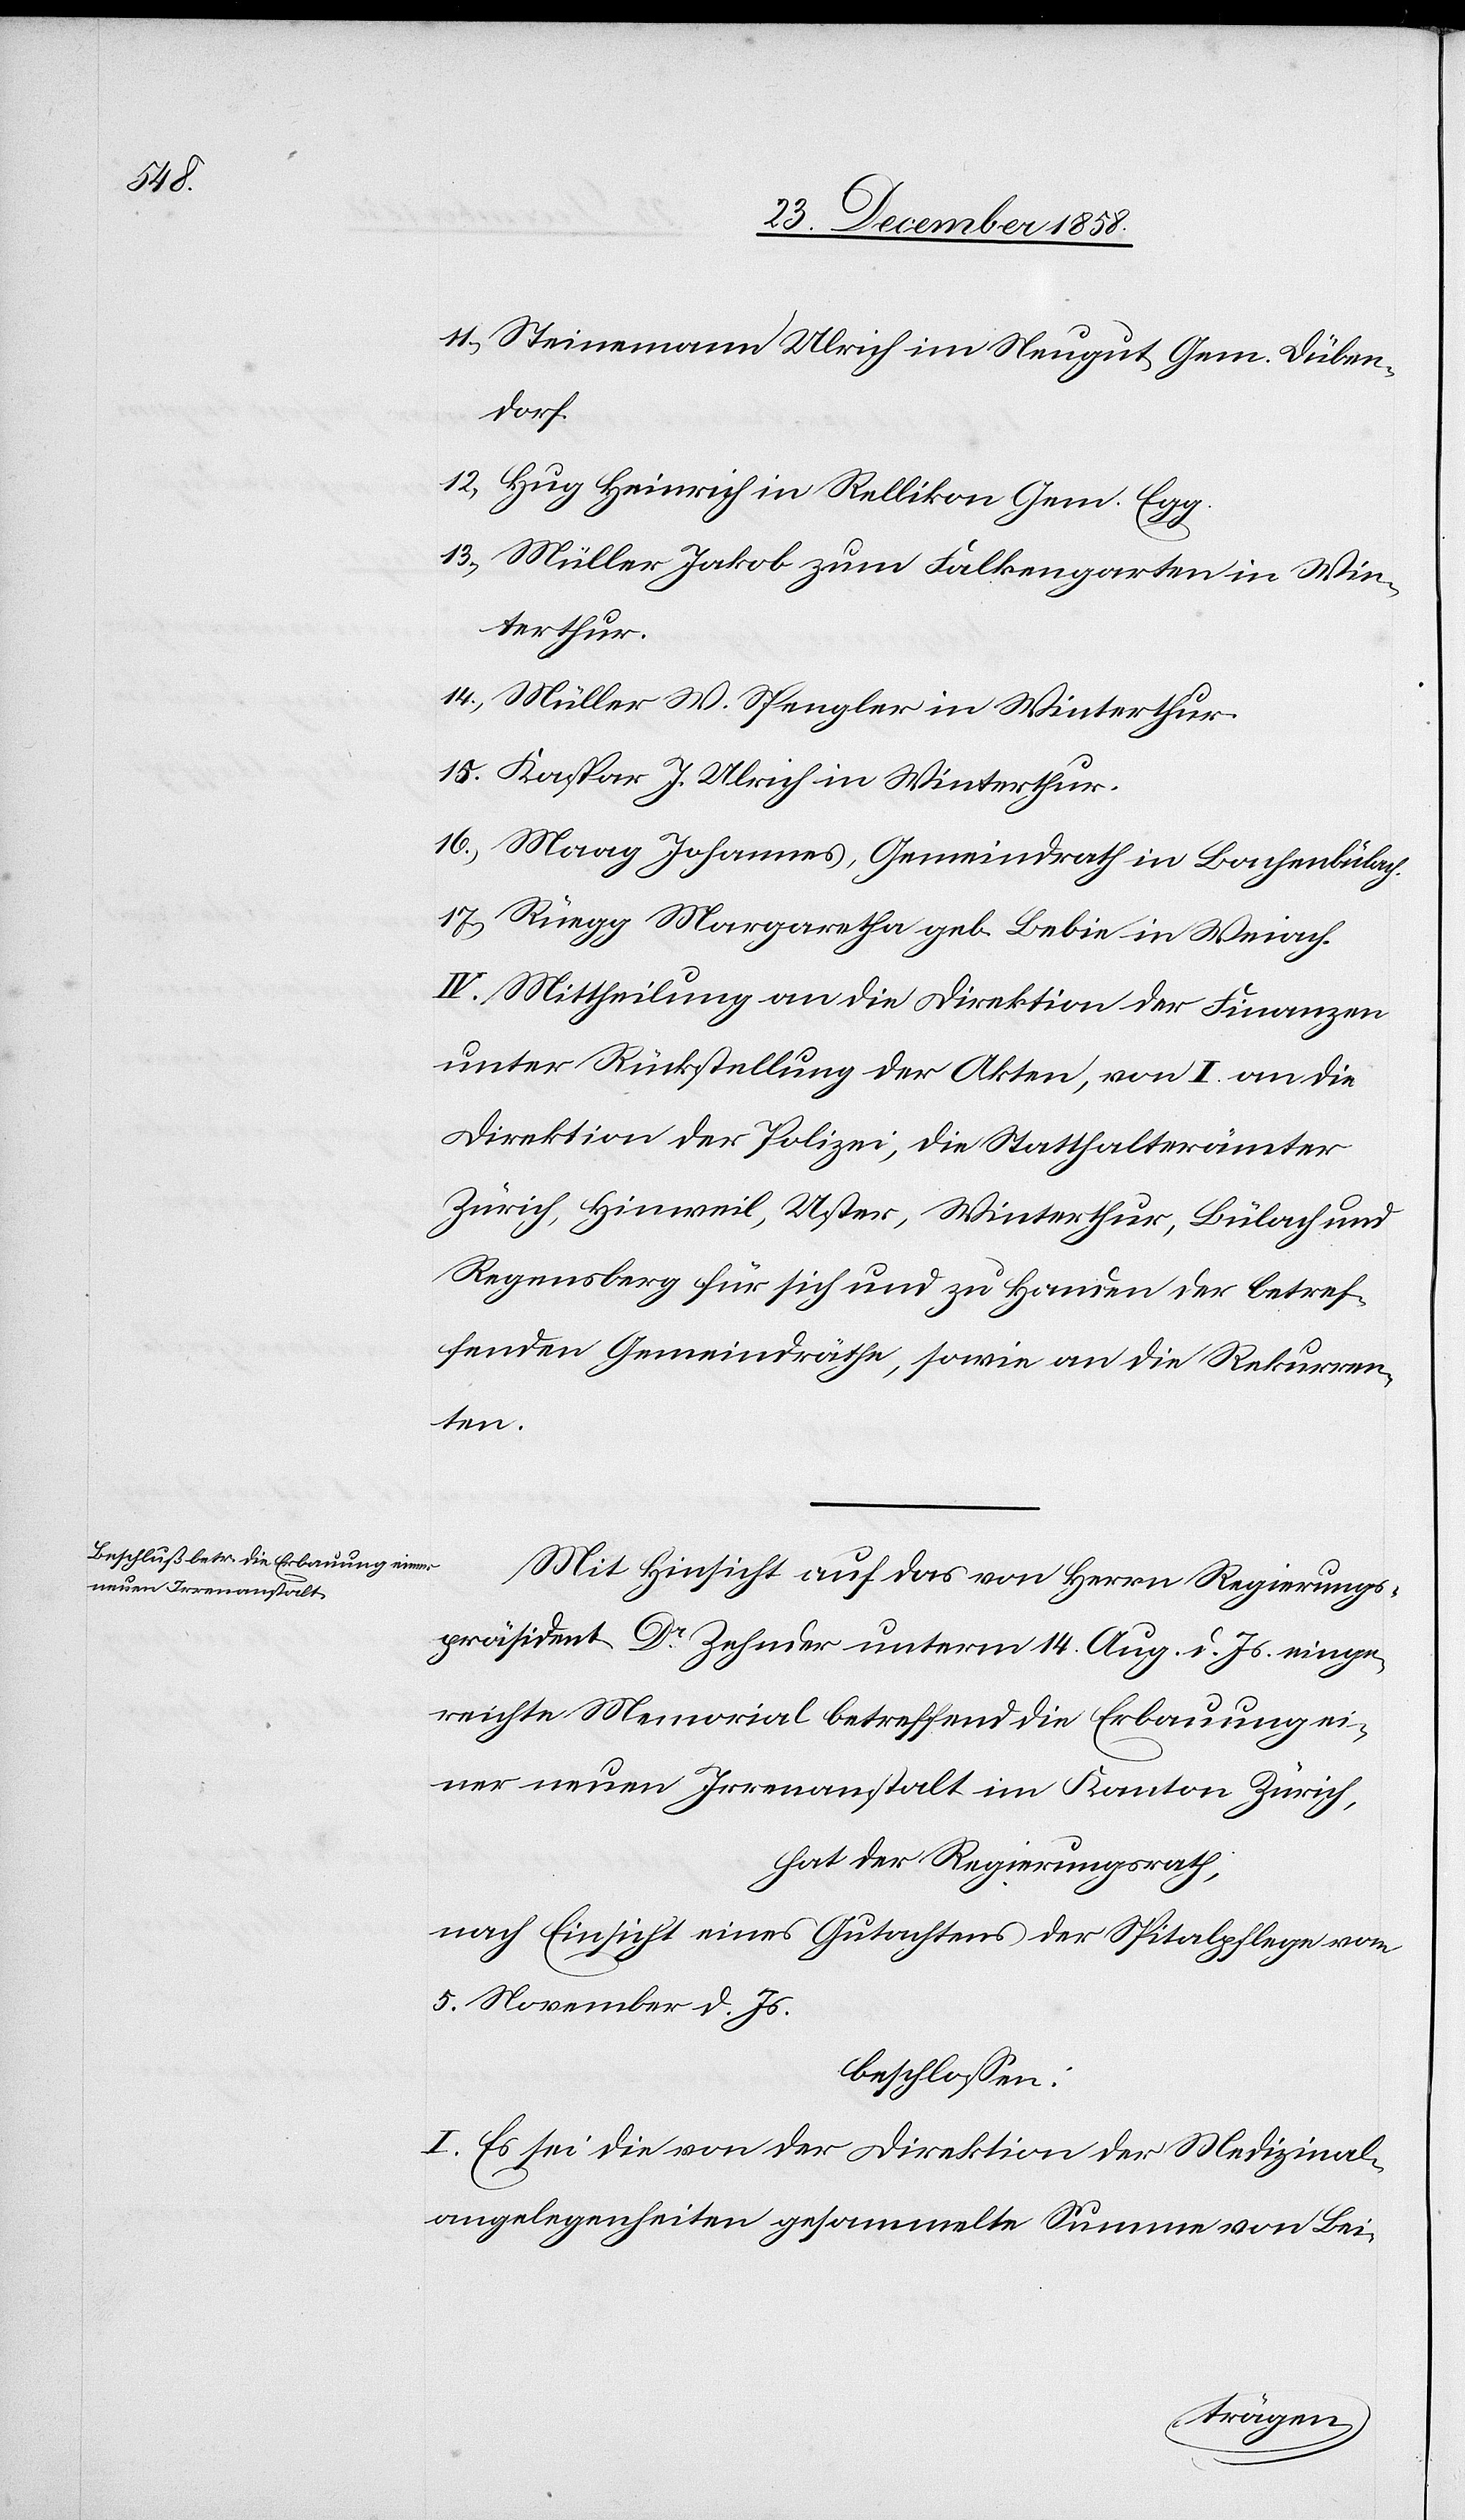
Abt

terthur
aften
hat der Regierungsrath,
beschlossen:
Konvent